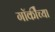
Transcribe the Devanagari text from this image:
गॉर्कीच्या